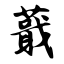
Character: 蕺